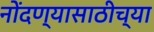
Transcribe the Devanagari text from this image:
नोंदण्यासाठीच्या